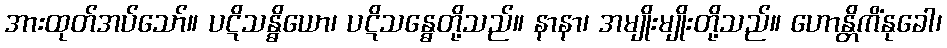
အားထုတ်အပ်သော်။ ပဋိသန္ဓိယော၊ ပဋိသန္ဓေတို့သည်။ နာနာ၊ အမျိုးမျိုးတို့သည်။ ဟောန္တိကိံနုခေါ၊